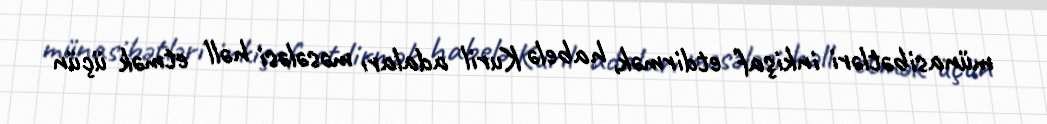
münasibətləri inkişaf etdirmək, habelə Kuril adaları məsələsi həll etmək üçün